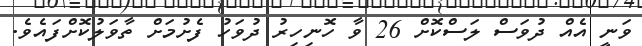
ވަނީ އެއް ދުވަސް ލަސްކޮށް 26 ވާ ހޮނިހިރު ދުވަހު ފެށުމަށް ތާވަލުކޮށްފައެވެ.